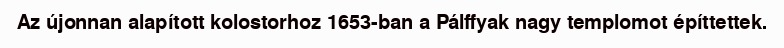
Az újonnan alapított kolostorhoz 1653-ban a Pálffyak nagy templomot építtettek.